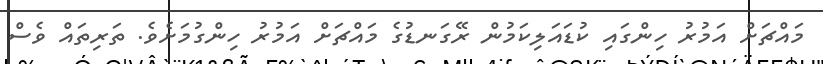
މައްޗަށް އަމުރު ހިންގައި ކުޑައަލިކަމުން ރޭގަނޑުގެ މައްޗަށް އަމުރު ހިންގުމަށެވެ. ތަރިތައް ވެސް